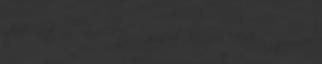
440 Ft 15 750 Ft Cavalier King Charles Spaniel